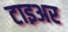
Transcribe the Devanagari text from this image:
टाइअर